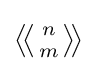
{\textstyle \left\langle \!\left\langle {n \atop m}\right\rangle \!\right\rangle }